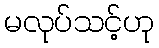
မလုပ်သင့်ဟု